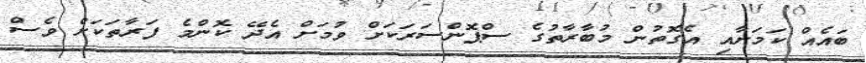
ބައެއް ކަމަށާއި އެގޮތުން މުބާރާތުގެ ސްޕޮންސަރަކަށް ވުމަށް އެދޭ ކޮންމެ ފަރާތަކަށް ވެސް